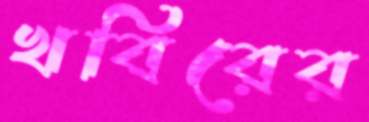
খবিরের